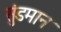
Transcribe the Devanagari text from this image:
सुंडमान